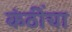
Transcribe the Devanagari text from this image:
कंठींचा